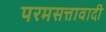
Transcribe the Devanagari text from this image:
परमसत्तावादी